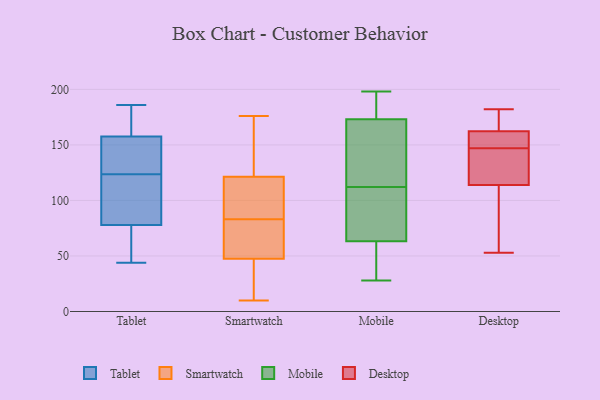
{"axis": {"x": "LTV (USD)", "y": "Value"}, "legend": ["Desktop", "Mobile", "Smartwatch", "Tablet"], "data": [{"x": "", "y": 84, "type": "Tablet"}, {"x": "", "y": 44, "type": "Tablet"}, {"x": "", "y": 46, "type": "Tablet"}, {"x": "", "y": 72, "type": "Tablet"}, {"x": "", "y": 186, "type": "Tablet"}, {"x": "", "y": 120, "type": "Tablet"}, {"x": "", "y": 183, "type": "Tablet"}, {"x": "", "y": 124, "type": "Tablet"}, {"x": "", "y": 177, "type": "Tablet"}, {"x": "", "y": 137, "type": "Tablet"}, {"x": "", "y": 138, "type": "Tablet"}, {"x": "", "y": 123, "type": "Tablet"}, {"x": "", "y": 68, "type": "Smartwatch"}, {"x": "", "y": 49, "type": "Smartwatch"}, {"x": "", "y": 47, "type": "Smartwatch"}, {"x": "", "y": 26, "type": "Smartwatch"}, {"x": "", "y": 122, "type": "Smartwatch"}, {"x": "", "y": 122, "type": "Smartwatch"}, {"x": "", "y": 115, "type": "Smartwatch"}, {"x": "", "y": 155, "type": "Smartwatch"}, {"x": "", "y": 119, "type": "Smartwatch"}, {"x": "", "y": 40, "type": "Smartwatch"}, {"x": "", "y": 82, "type": "Smartwatch"}, {"x": "", "y": 83, "type": "Smartwatch"}, {"x": "", "y": 92, "type": "Smartwatch"}, {"x": "", "y": 10, "type": "Smartwatch"}, {"x": "", "y": 176, "type": "Smartwatch"}, {"x": "", "y": 65, "type": "Mobile"}, {"x": "", "y": 58, "type": "Mobile"}, {"x": "", "y": 28, "type": "Mobile"}, {"x": "", "y": 112, "type": "Mobile"}, {"x": "", "y": 84, "type": "Mobile"}, {"x": "", "y": 65, "type": "Mobile"}, {"x": "", "y": 173, "type": "Mobile"}, {"x": "", "y": 38, "type": "Mobile"}, {"x": "", "y": 151, "type": "Mobile"}, {"x": "", "y": 198, "type": "Mobile"}, {"x": "", "y": 190, "type": "Mobile"}, {"x": "", "y": 173, "type": "Mobile"}, {"x": "", "y": 155, "type": "Mobile"}, {"x": "", "y": 117, "type": "Desktop"}, {"x": "", "y": 147, "type": "Desktop"}, {"x": "", "y": 139, "type": "Desktop"}, {"x": "", "y": 154, "type": "Desktop"}, {"x": "", "y": 82, "type": "Desktop"}, {"x": "", "y": 174, "type": "Desktop"}, {"x": "", "y": 165, "type": "Desktop"}, {"x": "", "y": 113, "type": "Desktop"}, {"x": "", "y": 182, "type": "Desktop"}, {"x": "", "y": 152, "type": "Desktop"}, {"x": "", "y": 53, "type": "Desktop"}, {"x": "", "y": 172, "type": "Desktop"}, {"x": "", "y": 77, "type": "Desktop"}, {"x": "", "y": 131, "type": "Desktop"}, {"x": "", "y": 148, "type": "Desktop"}]}